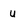
Character: u